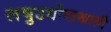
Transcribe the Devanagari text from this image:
लघुउद्योगाखाली